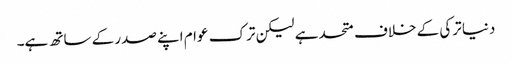
دنیا ترکی کے خلاف متحد ہے لیکن ترک عوام اپنے صدر کے ساتھ ہے۔